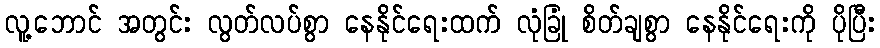
လူ့ဘောင် အတွင်း လွတ်လပ်စွာ နေနိုင်ရေးထက် လုံခြုံ စိတ်ချစွာ နေနိုင်ရေးကို ပိုပြီး